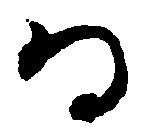
而